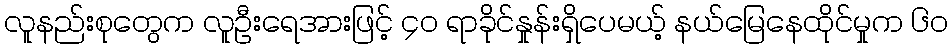
လူနည်းစုတွေက လူဦးရေအားဖြင့် ၄ဝ ရာခိုင်နှုန်းရှိပေမယ့် နယ်မြေနေထိုင်မှုက ၆ဝ